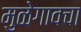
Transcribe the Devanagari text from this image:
मुळेगावचा